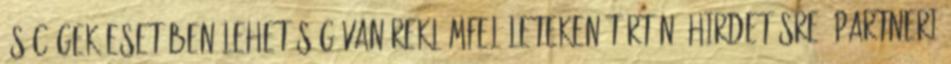
és cégek esetében lehetőség van reklámfelületeken történő hirdetésre, partneri